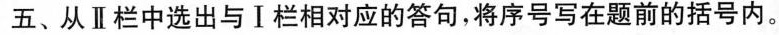
五、从 Ⅱ 栏中选出与Ⅰ栏相对应的答句,将序号写在题前的括号内.。